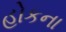
હોકના